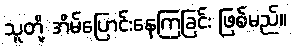
သူတို့ အိမ်ပြောင်းနေကြခြင်း ဖြစ်မည်။